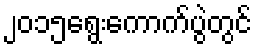
၂၀၁၅ရွေးကောက်ပွဲတွင်